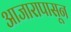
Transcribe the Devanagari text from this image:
आजारापासून